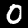
Label: 0